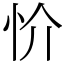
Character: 忦